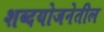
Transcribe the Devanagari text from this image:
शब्दयोजनेतील